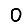
Digit: 0